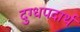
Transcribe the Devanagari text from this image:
दुग्धपदार्थ